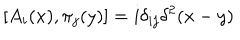
\left[ A _ { i } ( x ) , \pi _ { j } ( y ) \right] = i \delta _ { i j } \delta ^ { 2 } ( x - y )